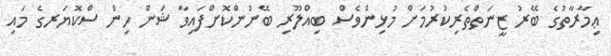
ޢިމާރާތުގެ ބޭރު ޒީނަތްތެރިކުރުމަށް މުޅިންވެސް ބިއްލޫރި ބޭނުންކޮށްފައިވާ ޝަން ހިން ސްކޮޔަރގެ މައި